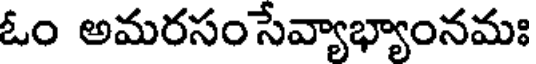
ఓం అమరసం సేవ్యాభ్యాంనమః